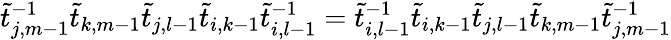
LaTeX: \widetilde{t}_{j,m-1}^{-1}\widetilde{t}_{k,m-1}\widetilde{t}_{j,l-1}\widetilde{t}_{i,k-1}\widetilde{t}_{i,l-1}^{-1}=\widetilde{t}_{i,l-1}^{-1}\widetilde{t}_{i,k-1}\widetilde{t}_{j,l-1}\widetilde{t}_{k,m-1}\widetilde{t}_{j,m-1}^{-1}